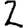
Digit: 2